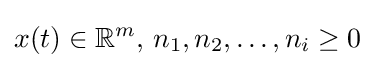
x(t)\in \mathbb {R} ^{m},\,n_{1},n_{2},\ldots ,n_{i}\geq 0